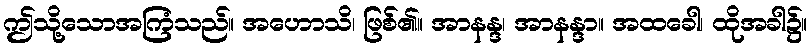
ဤသို့သောအကြံသည်။ အဟောသိ၊ ဖြစ်၏။ အာနန္ဒ၊ အာနန္ဒာ။ အထခေါ၊ ထိုအခါ၌။